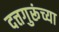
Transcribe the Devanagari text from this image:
दत्तगुरूंच्या